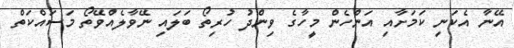
އޭނާ އެކަނި ކަމަށާއި އަންހެން މީހާގެ ވިންދު ހުރިތޯ ބަލައި ނޭވާލެއްވޭތޯ މަސައްކަތް